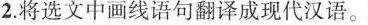
2.将选文中画线语句翻译成现代汉语。